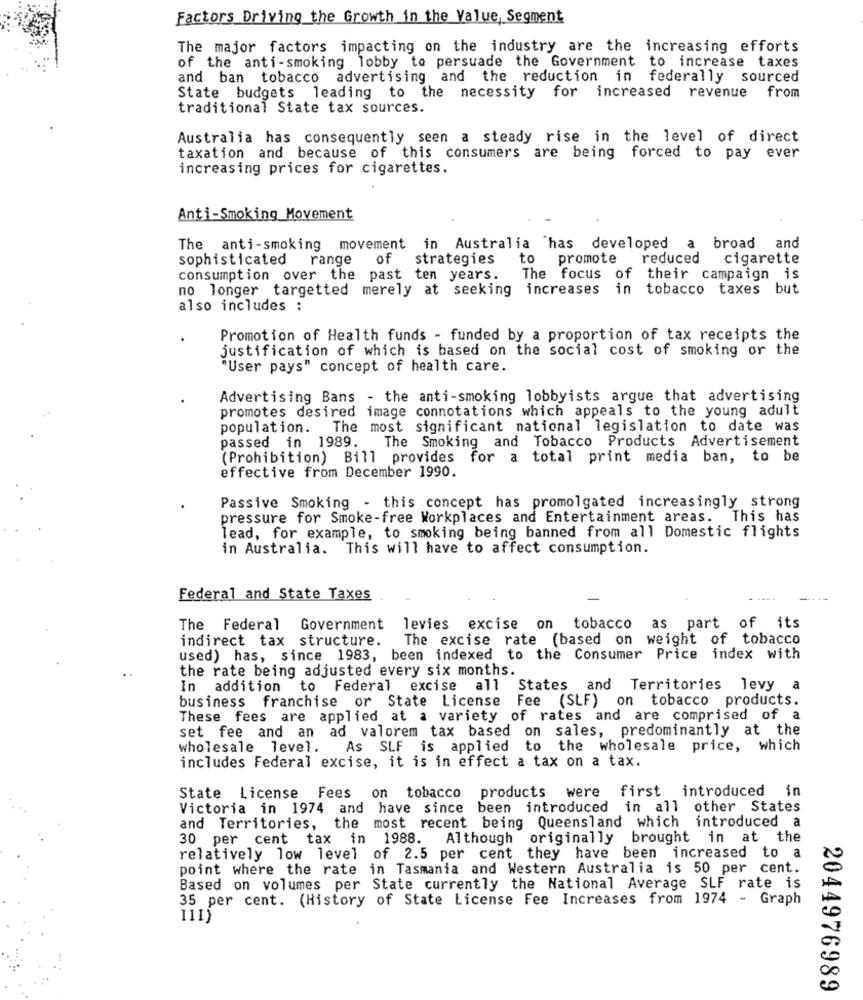
Factors Driving the Growth in the Value, Segment
The major factors impacting on the industry are the increasing efforts
of the anti-smoking lobby to persuade the Government to increase taxes
and ban tobacco advertising and the reduction in federally sourced
State budgets leading to the necessity for increased revenue
from
traditional State tax sources.
Australia has consequently seen a steady rise in the level of direct
taxation and because of this consumers are being forced to pay ever
increasing prices for cigarettes.
Anti-Smoking Movement
and
e anti-smoking movement in Australia has developed
a
broad
sophisticated range
of
strategies
to
promote
reduced
cigarette
consumption over the past ten years.
The focus of
their campaign is
no longer targetted merely at seeking increases in tobacco taxes b
also includes :
Promotion of Health funds - funded by a proportion of tax receipts the
justification of which is based on the social cost of smoking or the
"User pays" concept of health care.
Advertising Bans - the anti-smoking lobbyists argue that advertising
promotes desired image connotations which appeals to the young adult
population. The most significant national legislation to date was
passed in 1989. The Smoking and Tobacco Products Advertisement
(Prohibition) Bill provides for a total print media ban, to be
effective from December 1990.
Passive Smoking - this concept has promolgated increasingly strong
pressure for Smoke-free Workplaces and Entertainment areas. This has
lead, for example, to smoking being banned from all Domestic flights
in Australia. This will have to affect consumption.
Federal and State Taxes
The Federal Government levies excise on tobacco
as part of its
indirect tax structure.
The excise rate (based on weight of tobacco
used) has, since 1983, been indexed to the Consumer Price index with
the rate being adjusted every six months.
In addition to Federal excise all States and Territories levy a
business franchise or State License Fee (SLF) on tobacco products.
These fees are applied at a variety of rates and are comprised of a
set fee and an ad valorem tax based on sales, predominantly at the
wholesale level.
As SLF is applied to the wholesale price, which
includes Federal excise, it is in effect a tax on a tax.
were first introduced in
State License Fees on tobacco products
Victoria in 1974 and have since been introduced in all other States
and Territories, the most recent being Queensland which introduced a
30 per cent tax in 1988. Although originally brought in at the
relatively low level of 2.5 per cent they have been increased to a
point where the rate in Tasmania and Western Australia is 50 per cent.
Based on volumes per State currently the National Average SLF rate is
35 per cent. (History of State License Fee Increases from 1974 - Graph
111)
2044976989